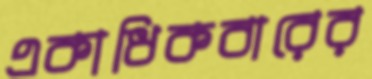
একাধিকবারের